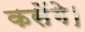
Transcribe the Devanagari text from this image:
कसेंगे।